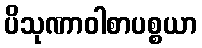
ပိသုဏာဝါစာပစ္စယာ